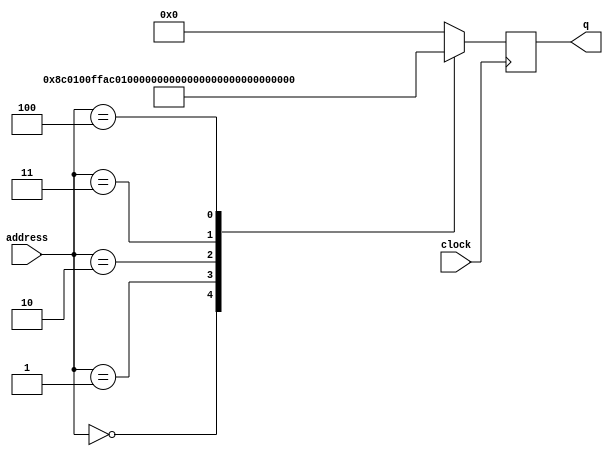
module InstructionMemory(input [7:0]address,
                         input clock,
                         output reg [31:0]q);

  always@(posedge clock)
    begin
      case(address)
        8'b00000000: begin
          q = 32'b10001100000000010000000011111111;
        end
        8'b00000001: begin
          q = 32'b10101100000000010000000000001001;
        end
        8'b00000010: begin
          q = 32'b10001100000000100000000000001001;
        end
        8'b00000011: begin
          q = 32'b10101100000000100000000011111111;
        end
        8'b00000100: begin
          q = 32'b00001000000000000000000000000000;
        end
        default: begin
          q = 32'b00000000000000000000000000000000;
        end
      endcase
    end

endmodule